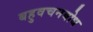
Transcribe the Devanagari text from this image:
बहुवचनबोध